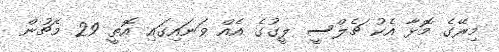
މިރޭގެ މޮޅާ އެކު ޗެލްސީ ލީގުގެ އެއް ވަނައިގައި އޮތީ 29 މެޗުން